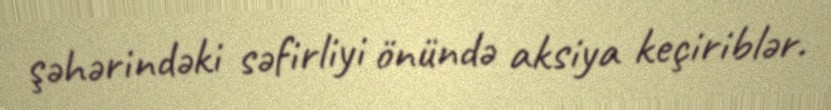
şəhərindəki səfirliyi önündə aksiya keçiriblər.